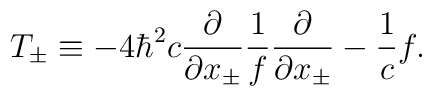
T_{\pm} \equiv -4 {\hbar}^2c \frac{\partial}{\partial x_{\pm}}\frac{1}{f} \frac{\partial}{\partial x_{\pm}} - \frac{1}{c} f.